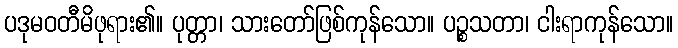
ပဒုမဝတီမိဖုရား၏။ ပုတ္တာ၊ သားတော်ဖြစ်ကုန်သော။ ပဉ္စသတာ၊ ငါးရာကုန်သော။